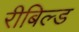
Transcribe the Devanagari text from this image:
रीबिल्ड